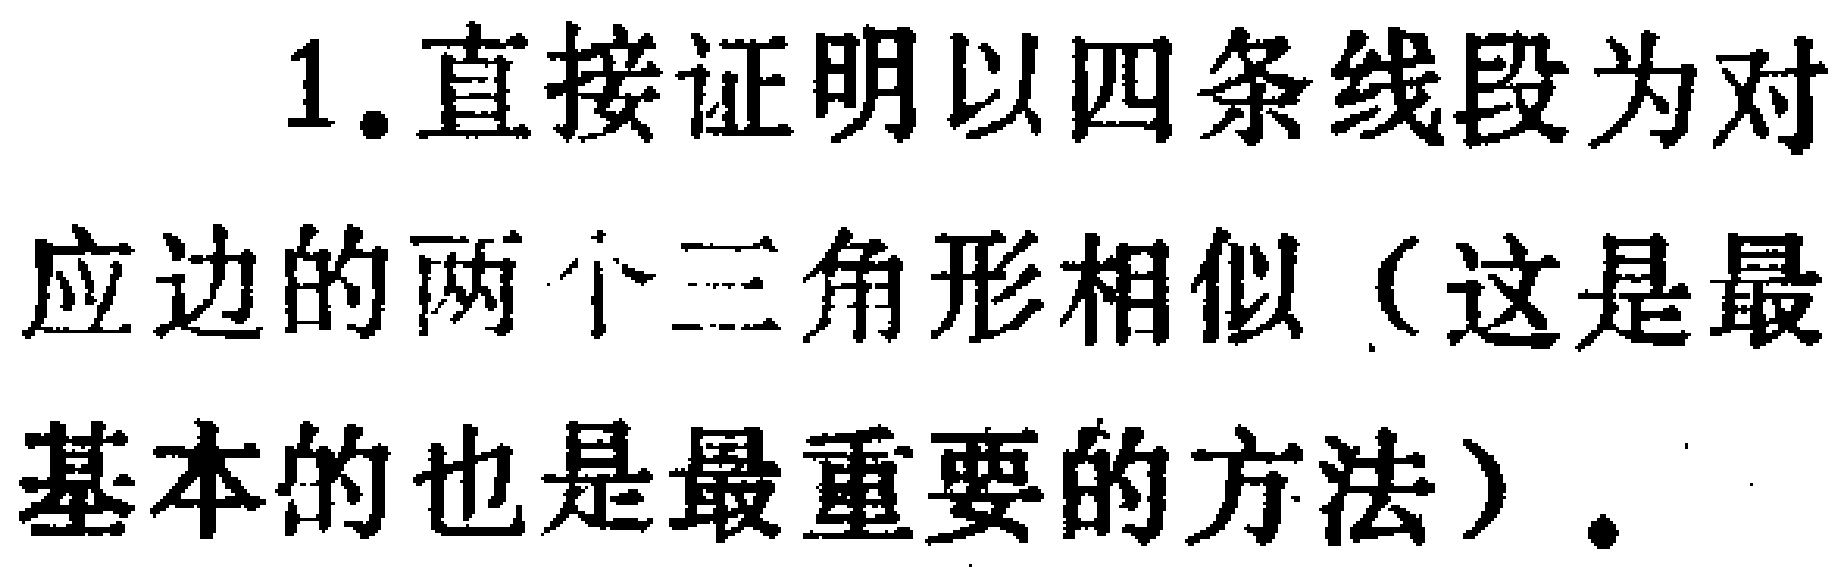
1. 直接证明以四条线段为对应边的两个三角形相似（这是最基本的也是最重要的方法）.